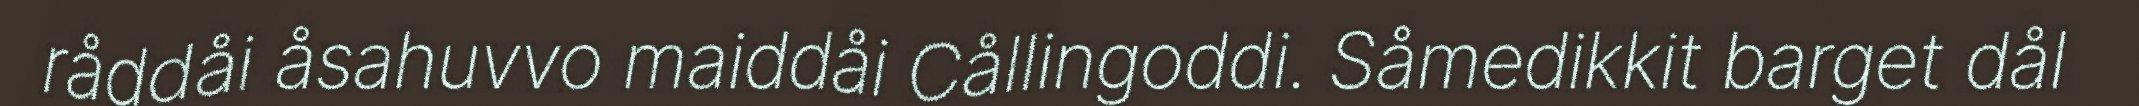
råddåi åsahuvvo maiddåi Cållingoddi. Såmedikkit barget dål